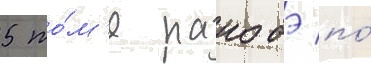
5 то́м'е ранобэ по́